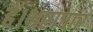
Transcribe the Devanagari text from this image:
हैं।भ्रष्टाचार